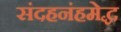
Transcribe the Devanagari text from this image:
संदहनंहमेद्ध